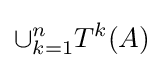
\cup _{k=1}^{n}T^{k}(A)